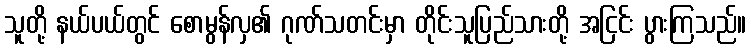
သူတို့ နယ်ပယ်တွင် စောမွန်လှ၏ ဂုဏ်သတင်းမှာ တိုင်းသူပြည်သားတို့ အငြင်း ပွားကြသည်။